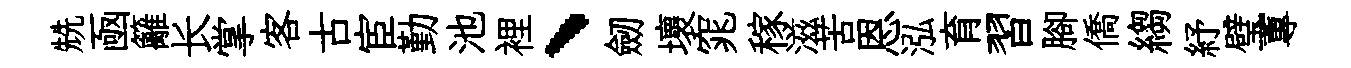
兟凾籬长掌客古宦勤池裡、劒壞窕稼滋苦恩泓育習腳僑縐紓璧蓴